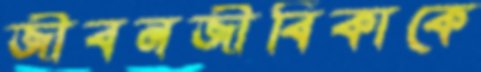
জীবনজীবিকাকে